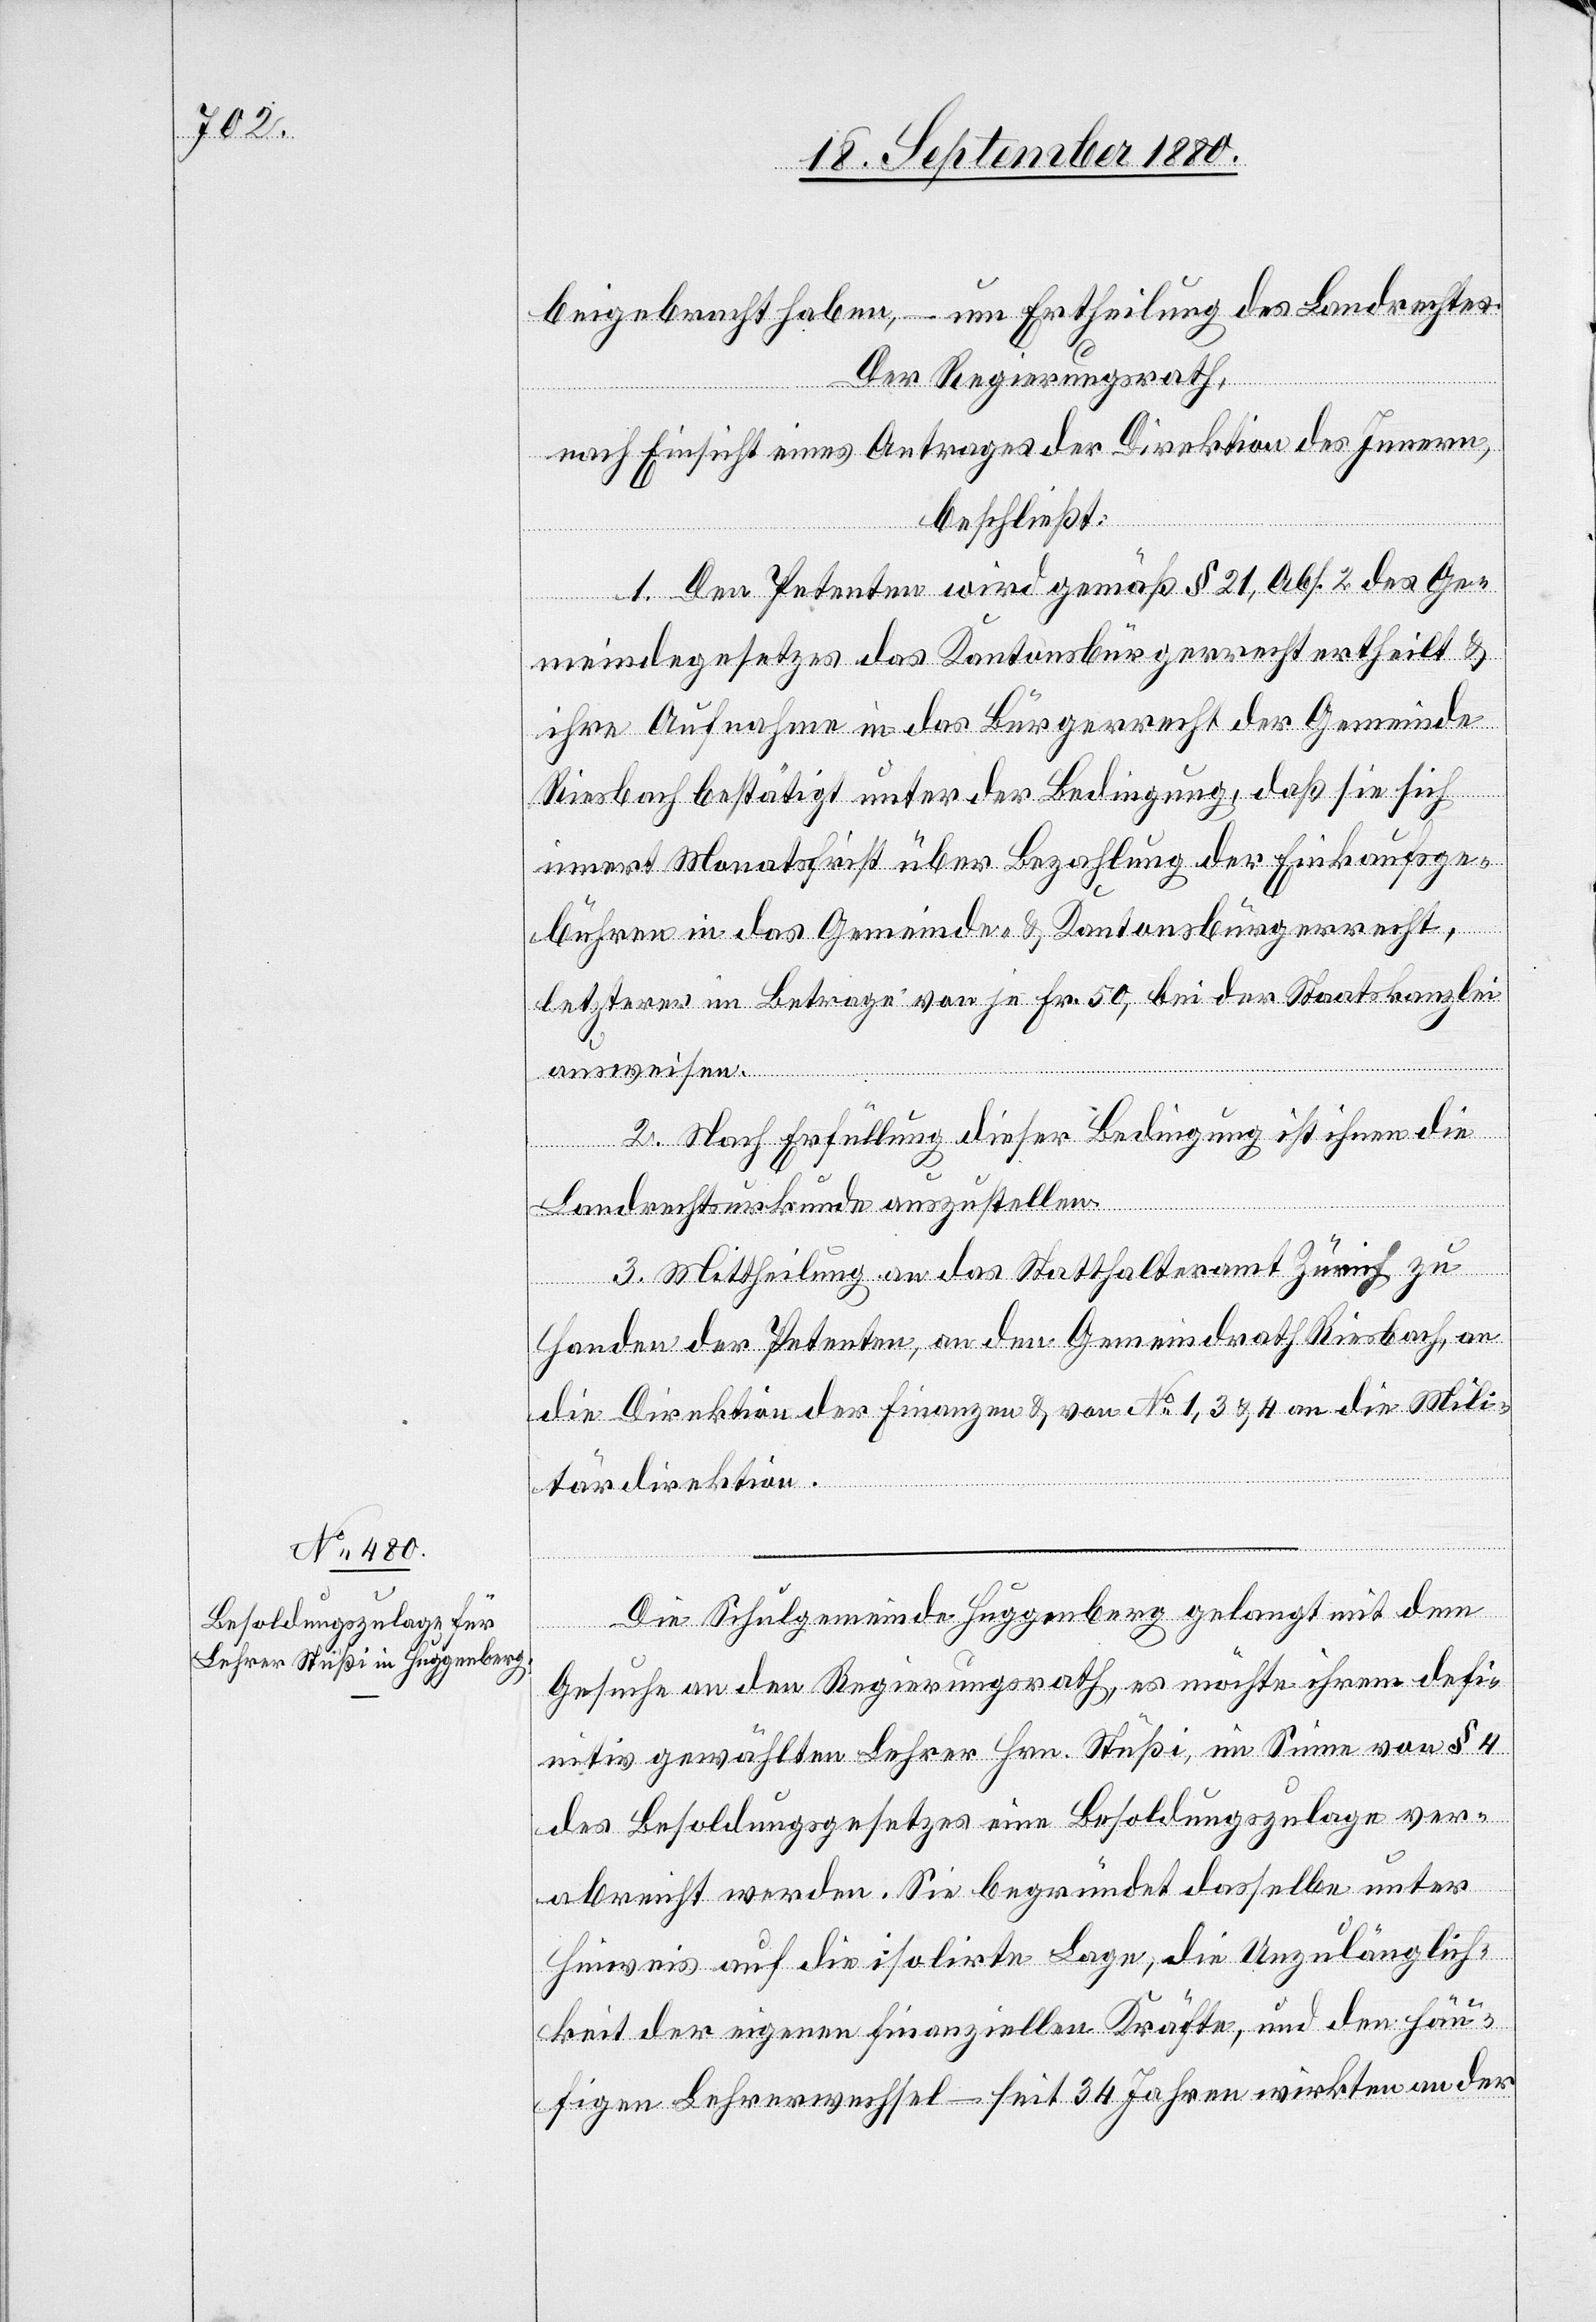
beigebracht haben, – um Ertheilung des Landrechtes.
Der Regierungsrath,
nach Einsicht eines Antrages der Direktion des Innern,
beschließt:
1. Den Petenten wird gemäß § 21, Abs. 2 des Ge¬
meindegesetzes das Kantonsbürgerrecht ertheilt &
ihre Aufnahme in das Bürgerrecht der Gemeinde
Riesbach bestätigt unter der Bedingung, daß sie sich
innert Monatsfrist über Bezahlung der Einkaufsge¬
bühren in das Gemeinde- & Kantonsbürgerrecht,
letzterer im Betrage von je Fr. 50, bei der Staatskanzlei
ausweisen.
2. Nach Erfüllung dieser Bedingung ist ihnen die
Landrechtsurkunde auszustellen.
3. Mittheilung an das Statthalteramt Zürich zu
Handen der Petenten, an den Gemeindrath Riesbach, an
die Direktion der Finanzen & von No 1, 3 & 4 an die Mili¬
tärdirektion.
Die Schulgemeinde Huggenberg gelangt mit dem
Gesuche an den Regierungsrath, es möchte ihrem defi¬
nitiv gewählten Lehrer Hrn. Stüßi, im Sinne von § 4
des Besoldungsgesetzes eine Besoldungszulage ver¬
abreicht werden. Sie begründet dasselbe unter
Hinweis auf die isolirte Lage, die Unzulänglich¬
keit der eigenen finanziellen Kräfte, und den häu¬
figen Lehrerwechsel – seit 34 Jahren wirkten an der